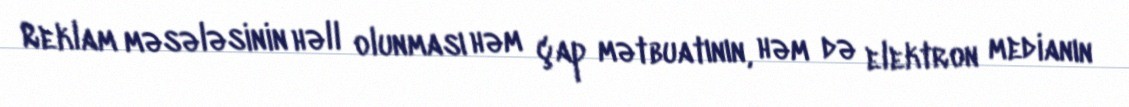
Reklam məsələsinin həll olunması həm çap mətbuatının, həm də elektron medianın